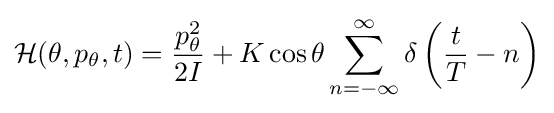
{\mathcal {H}}(\theta ,p_{\theta },t)={\frac {p_{\theta }^{2}}{2I}}+K\cos \theta \sum _{n=-\infty }^{\infty }\delta \left({\frac {t}{T}}-n\right)